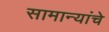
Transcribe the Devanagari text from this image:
सामान्यांचे